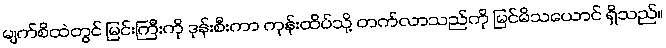
မျက်စိထဲတွင် မြင်းကြီးကို ဒုန်းစီးကာ ကုန်းထိပ်သို့ တက်လာသည်ကို မြင်မိသယောင် ရှိသည်။